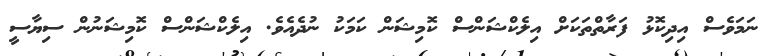
ނަމަވެސް އިދިކޮޅު ފަރާތްތަކަށް އިލެކްޝަންސް ކޮމިޝަން ކަމަކު ނުދެއެވެ. އިލެކްޝަންސް ކޮމިޝަނުން ސިޔާސީ